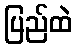
ပြည်ထဲ